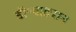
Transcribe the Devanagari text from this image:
डॉ॰वाटसन